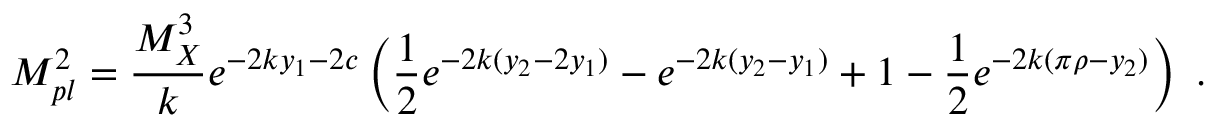
M _ { p l } ^ { 2 } = { \frac { M _ { X } ^ { 3 } } { k } } e ^ { - 2 k y _ { 1 } - 2 c } \left( { \frac { 1 } { 2 } } e ^ { - 2 k ( y _ { 2 } - 2 y _ { 1 } ) } - e ^ { - 2 k ( y _ { 2 } - y _ { 1 } ) } + 1 - { \frac { 1 } { 2 } } e ^ { - 2 k ( \pi \rho - y _ { 2 } ) } \right) ~ . ~ \,